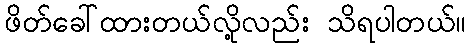
ဖိတ်ခေါ်ထားတယ်လို့လည်း သိရပါတယ်။